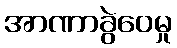
အာဏာခွဲဝေမှု